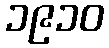
၁၉၁၀